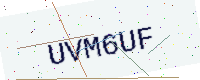
Text: UVM6UF